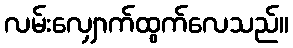
လမ်းလျှောက်ထွက်လေသည်။